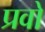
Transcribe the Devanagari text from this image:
प्रवो